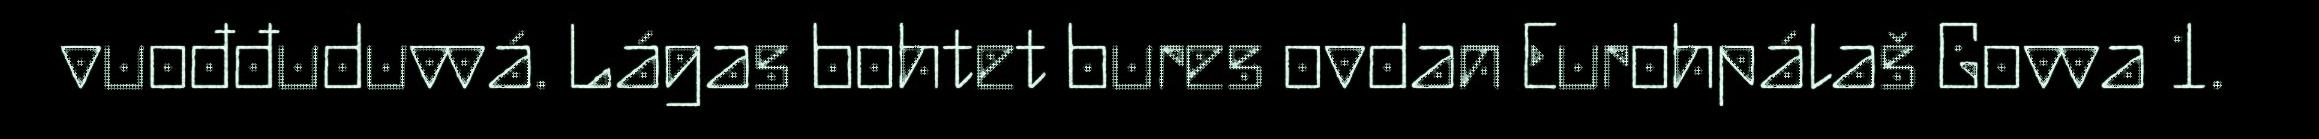
vuođđuduvvá. Lágas bohtet bures ovdan Eurohpálaš Govva 1.